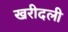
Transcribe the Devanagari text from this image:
खरीदली